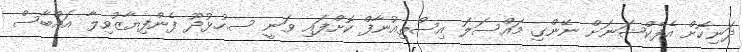
ދަނިކޮށް އެފެކްޝަނަށް ނޭންގި މައްސަލަ އިސްތިއުނާފް ކޮށްފައި ވަނީ ސ.ހުޅުދޫ ފެންފިޔާޒުވިލާ އައްބާސް